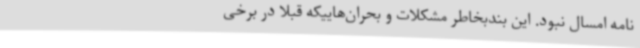
نامه امسال نبود. این بندبخاطر مشکلات و بحران‌هاییکه قبلا در برخی